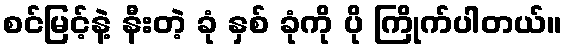
စင်မြင့်နဲ့ နီးတဲ့ ခုံ နှစ် ခုံကို ပို ကြိုက်ပါတယ်။